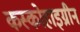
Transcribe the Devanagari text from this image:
कस्कोहाइग्रीन